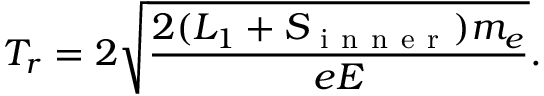
T _ { r } = 2 \sqrt { \frac { 2 ( L _ { 1 } + S _ { \mathrm { ~ i ~ n ~ n ~ e ~ r ~ } } ) m _ { e } } { e E } } .